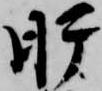
肝